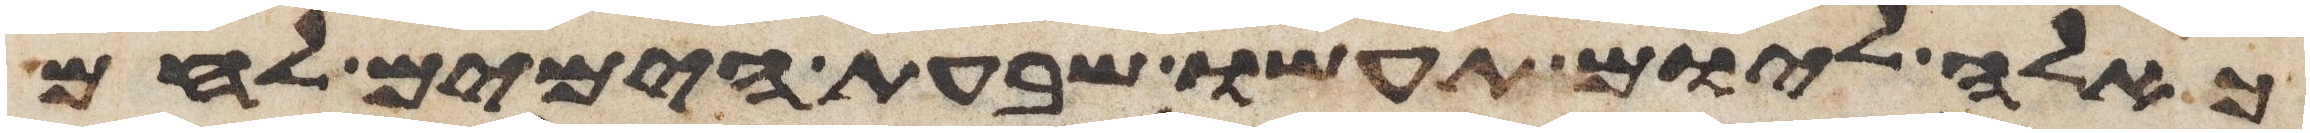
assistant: כאלה ליום תעשו שבעת הימים לחם